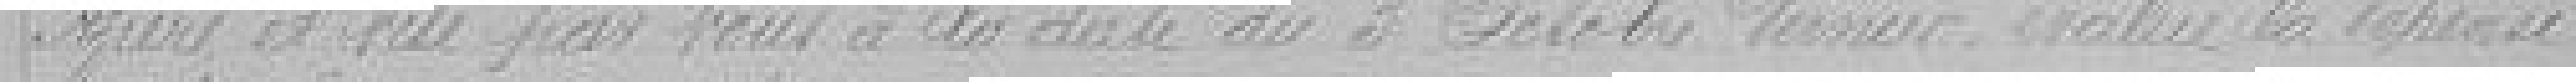
Agiers et visé par vous à la date du 3 octobre dernier, évalue la dépense